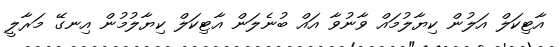
އާޓިކަލް އަލުން ކިޔާލުމައް ވާނުވާ އައް ބުނެލަން އާޓިކަލް ކިޔާލުމުން އިނގޭ މަރާލީ